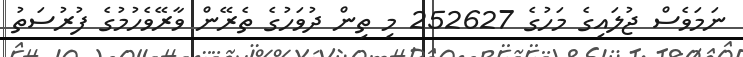
ނަމަވެސް ޖުލައިގެ މަހުގެ 252627 މި ތިން ދުވަހުގެ ތެރޭން ވާރޭވެހުމުގެ ފުރުސަތު